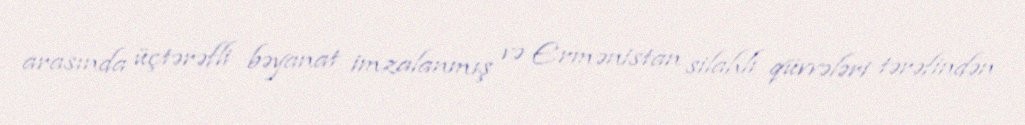
arasında üçtərəfli bəyanat imzalanmış və Ermənistan silahlı qüvvələri tərəfindən